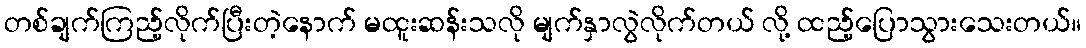
တစ်ချက်ကြည့်လိုက်ပြီးတဲ့နောက် မထူးဆန်းသလို မျက်နှာလွဲလိုက်တယ် လို့ ထည့်ပြောသွားသေးတယ်။